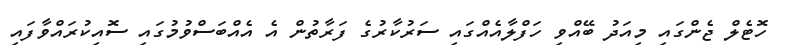
ހޮޓެލް ޖެންގައި މިއަދު ބޭއްވި ހަފްލާއެއްގައި ސަރުކާރުގެ ފަރާތުން އެ އެއްބަސްވުމުގައި ސޮއިކުރައްވާފައި